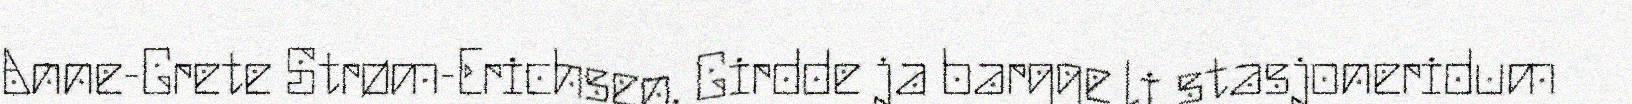
Anne-Grete Strøm-Erichsen. Girdde ja bargge li stasjoneridum